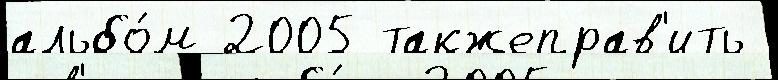
альбо́м 2005 такжеправ'ить